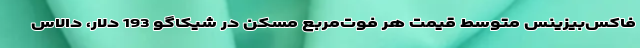
فاکس‌بیزینس متوسط قیمت هر فوت‌مربع مسکن در شیکاگو 193 دلار، دالاس